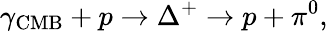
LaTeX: \gamma_{\mathrm{CMB}}+p\to\Delta^{+}\to p+\pi^{0},